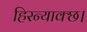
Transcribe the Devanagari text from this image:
हिरन्याक्छ।